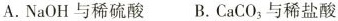
A.NaOH与稀硫酸 B.CaCO_{3}与稀盐酸